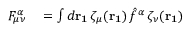
\begin{array} { r l } { F _ { \mu \nu } ^ { \alpha } } & { { } = \int d \mathbf { r _ { 1 } } \, \zeta _ { \mu } ( \mathbf { r _ { 1 } } ) \, \hat { f } ^ { \alpha } \, \zeta _ { \nu } ( \mathbf { r _ { 1 } } ) } \end{array}